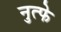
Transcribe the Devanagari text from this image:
नुत्फे